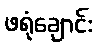
ဖရုံချောင်း